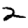
Digit: 2